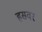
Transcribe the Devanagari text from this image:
हसवर